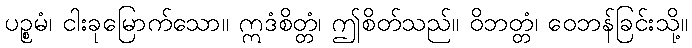
ပဉ္စမံ၊ ငါးခုမြောက်သော။ ဣဒံစိတ္တံ၊ ဤစိတ်သည်။ ဝိဘတ္တံ၊ ဝေဘန်ခြင်းသို့။